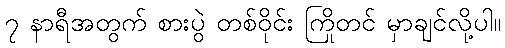
၇ နာရီအတွက် စားပွဲ တစ်ဝိုင်း ကြိုတင် မှာချင်လို့ပါ။